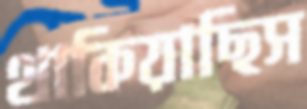
থাকিয়াছিস